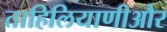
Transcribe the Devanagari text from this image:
ताहिलियाणीऔर